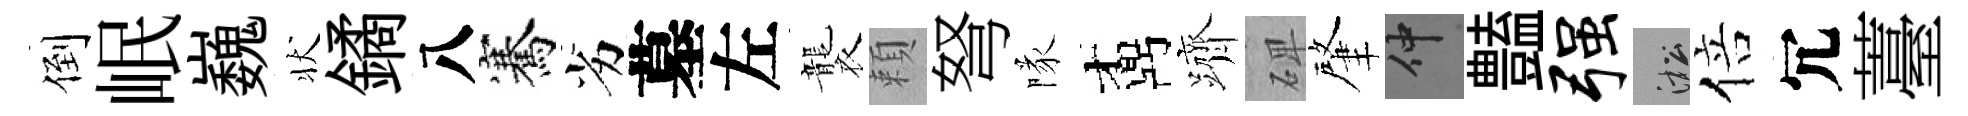
倒岷巍状鐍八騫劣墓左襲頼弩隊鼒躋𥓓肇仲𧰟强淞倍冗薹